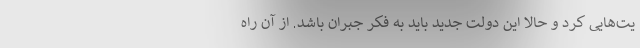
یت‌هایی کرد و حالا این دولت جدید باید به فکر جبران باشد. از آن راه